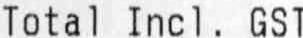
TOTAL INCL. GST